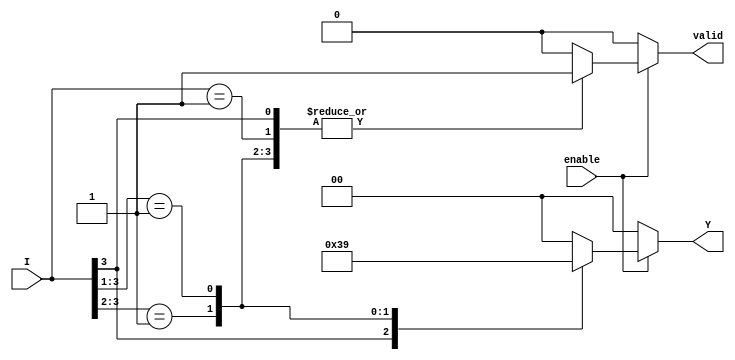
module priority_encoder (
    input wire enable,        // Enable signal
    input wire [3:0] I,      // 4 input lines (I3, I2, I1, I0)
    output reg [1:0] Y,      // 2-bit output for the index of the highest priority active input
    output reg valid         // Valid output signal
);

always @(*) begin
    if (!enable) begin
        Y = 2'b00;           // Default output when not enabled
        valid = 1'b0;       // No valid output
    end else begin
        casez (I)            // Use casez to handle don't care conditions
            4'b1??? : begin Y = 2'b11; valid = 1'b1; end // I3 is active
            4'b01?? : begin Y = 2'b10; valid = 1'b1; end // I2 is active
            4'b001? : begin Y = 2'b01; valid = 1'b1; end // I1 is active
            4'b0001 : begin Y = 2'b00; valid = 1'b1; end // I0 is active
            default : begin Y = 2'b00; valid = 1'b0; end // No active inputs
        endcase
    end
end

endmodule